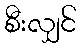
စီးလျှင်